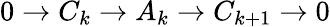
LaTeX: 0\to C_{k}\to A_{k}\to C_{k+1}\to 0